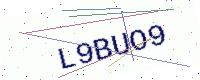
Text: L9BUO9